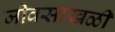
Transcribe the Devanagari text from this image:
जीवसाखळी